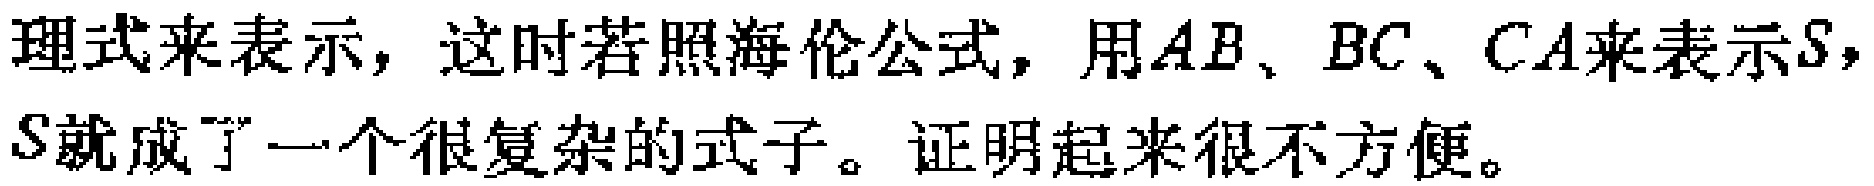
理式来表示，这时若照海伦公式，用\(AB\)、\(BC\)、\(CA\)来表示\(S\)，\(S\)就成了一个很复杂的式子。证明起来很不方便。